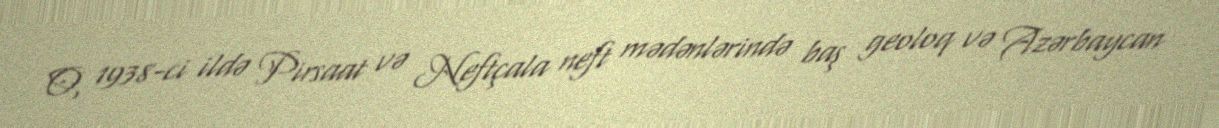
O, 1938-ci ildə Pirsaat və Neftçala neft mədənlərində baş geoloq və Azərbaycan